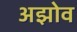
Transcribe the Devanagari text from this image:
अझोव